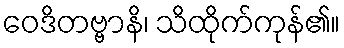
ဝေဒိတဗ္ဗာနိ၊ သိထိုက်ကုန်၏။